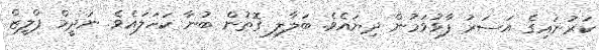
ކަރުނައިގެ އަސަރު ފާޅުވަމުން ދިޔައެވެ. ބަލާލި ގޮތުން ބުނާ ކަހަލައެވެ. ނަދީމް ޕްލީޒް